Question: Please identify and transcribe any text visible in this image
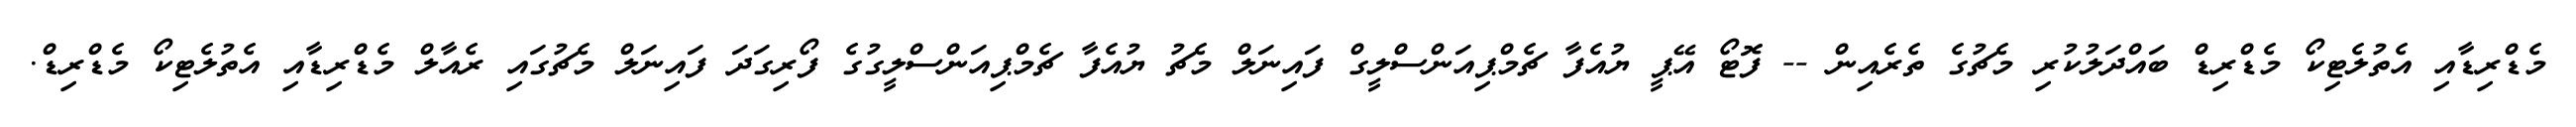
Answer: މެޑްރިޑާއި އެތުލެޓިކޯ މެޑްރިޑް ބައްދަލުކުރި މެޗުގެ ތެރެއިން -- ފޮޓޯ އޭޕީ ޔުއެފާ ޗެމްޕިއަންސްލީގް ފައިނަލް މެޗު ޔުއެފާ ޗެމްޕިއަންސްލީގުގެ ފޯރިގަދަ ފައިނަލް މެޗުގައި ރެއާލް މެޑްރިޑާއި އެތުލެޓިކޯ މެޑްރިޑް.